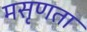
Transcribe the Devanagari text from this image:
मसृणता